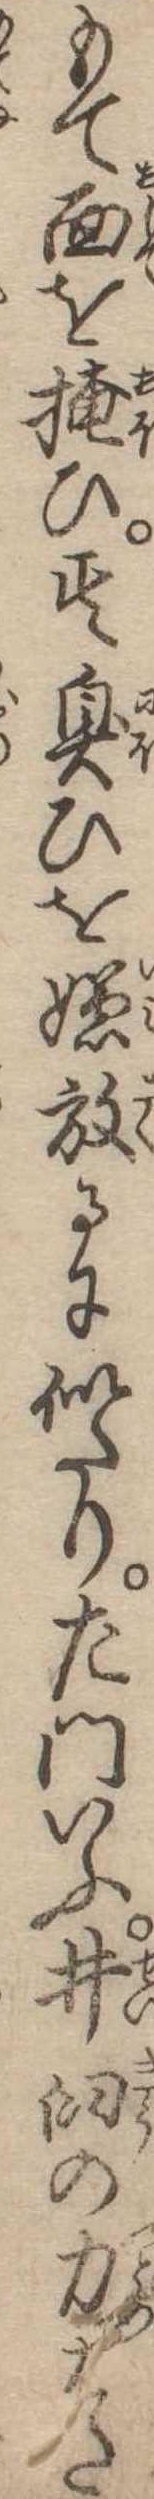
もて面を掩ひ其臭ひを嫌放るに似たり左門いふ井臼の力はた